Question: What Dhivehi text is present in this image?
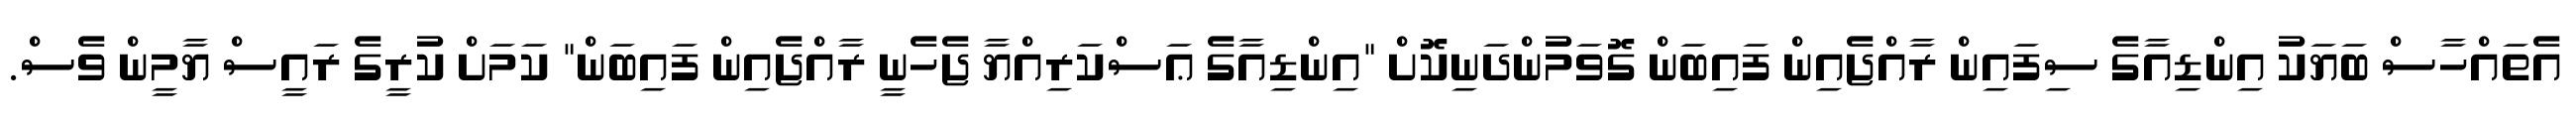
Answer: އެތައްހާސް ބަޔަކު އިންޑިއާގެ ސިފައިން ރާއްޖެއިން ފައިބަން ގޮވަމުންދަނިކޮށް "އިންޑިއާގެ ޢަސްކަރިއްޔާ ޖެހެނީ ރާއްޖެއިން ފައިބަން" ކަމަށް ކުރީގެ ރައީސް ޔާމީން ވެސް.